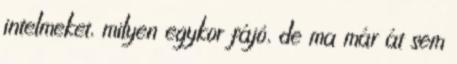
intelmeket, milyen egykor fájó, de ma már át sem